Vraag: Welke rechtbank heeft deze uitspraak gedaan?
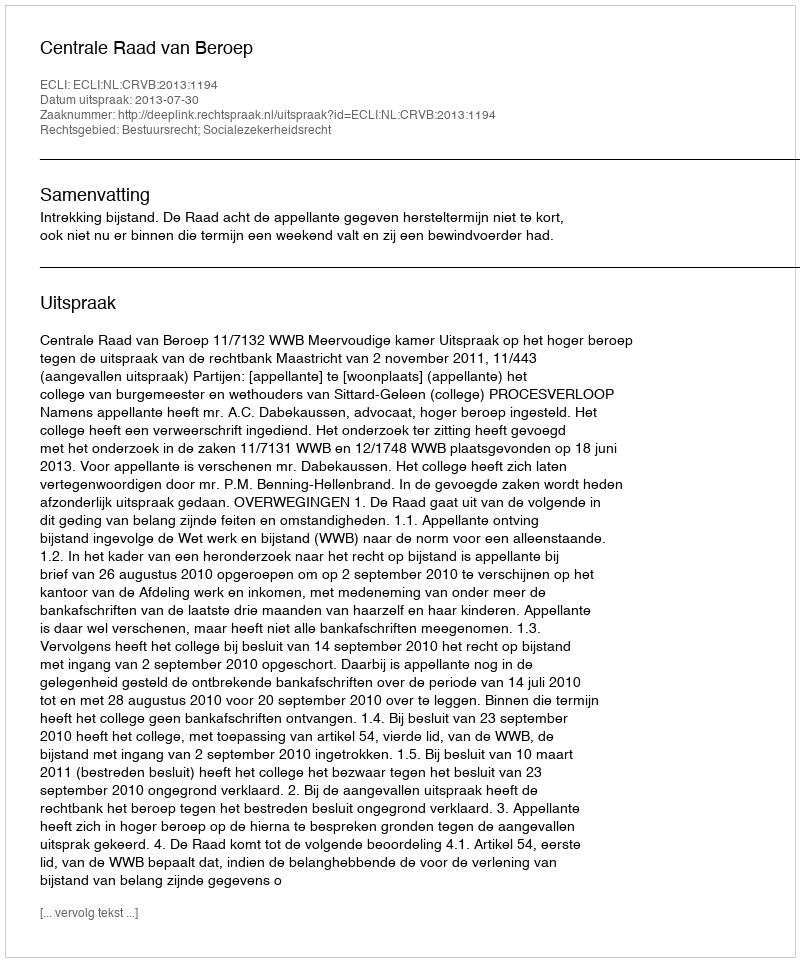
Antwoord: Centrale Raad van Beroep